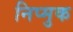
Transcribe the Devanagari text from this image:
निप्मुक